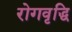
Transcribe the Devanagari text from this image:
रोगवृद्धि